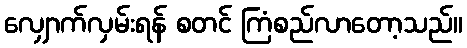
လျှောက်လှမ်းရန် စတင် ကြံစည်လာတော့သည်။